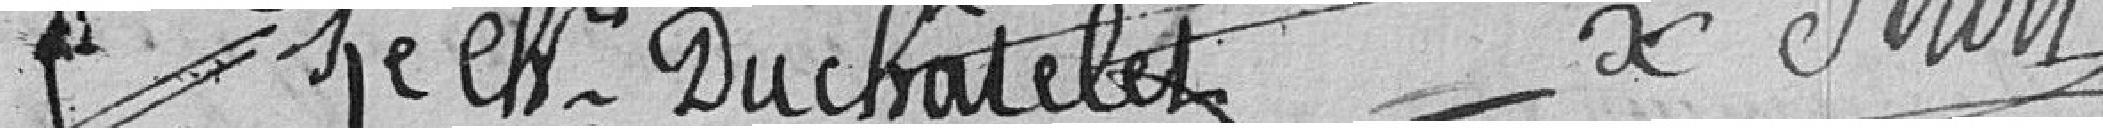
Duchatelet                                    Strolz